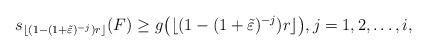
LaTeX: \begin{align*}s_{\lfloor(1-(1+\tilde\varepsilon)^{-j})r\rfloor}(F)\geq g\big(\lfloor(1-(1+\tilde\varepsilon)^{-j})r\rfloor\big),j=1,2,\dots,i,\end{align*}